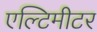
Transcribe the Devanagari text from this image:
एल्टिमीटर